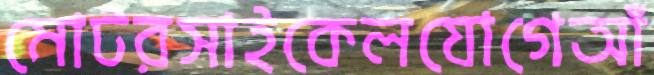
মোটরসাইকেলযোগেআঁ